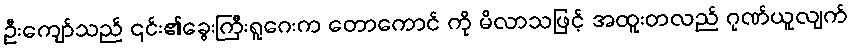
ဦးကျော်သည် ၎င်း၏ခွေးကြီးရူဂေးက တောကောင် ကို မိလာသဖြင့် အထူးတလည် ဂုဏ်ယူလျက်